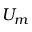
U _ { m }